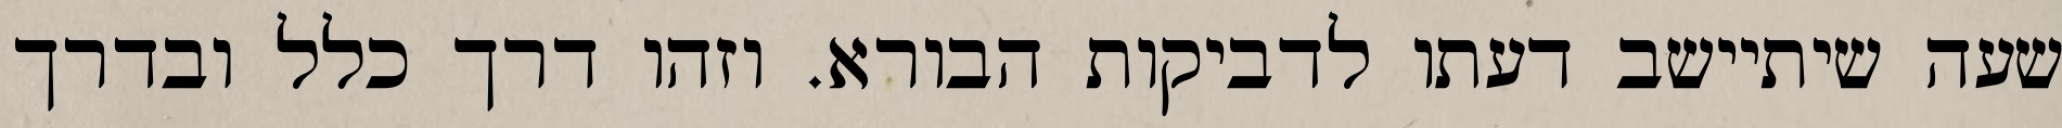
שעה שיתיישב דעתו לדביקות הבורא. וזהו דרך כלל ובדרך